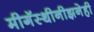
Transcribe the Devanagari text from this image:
मीगॅस्थीनीझनेही